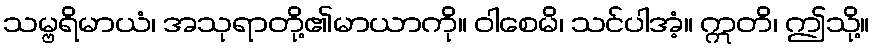
သမ္ဗရိမာယံ၊ အသုရာတို့၏မာယာကို။ ဝါစေမိ၊ သင်ပါအံ့။ ဣတိ၊ ဤသို့။